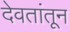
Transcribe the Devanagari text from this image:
देवतांतून